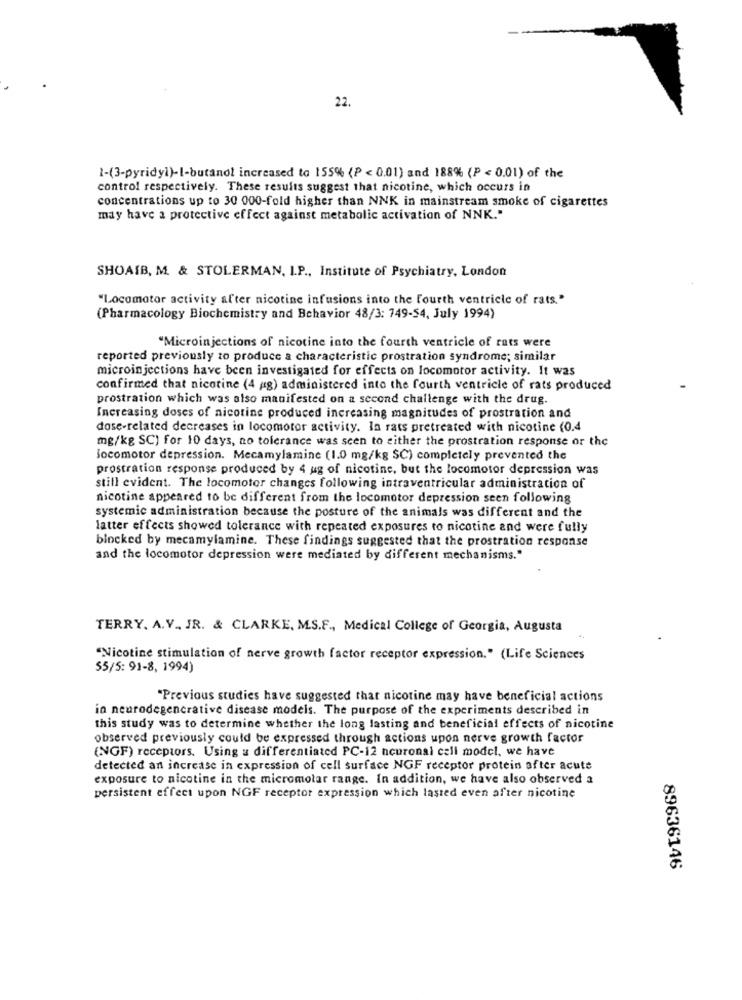
22.
1-(3-pyridy)-l-butanol increased to 155% (P < 0.01) and 188% (P < 0.01) of the
control respectively. These results suggest that nicotine, which occurs in
concentrations up to 30 000-fold higher than NNK in mainstream smoke of cigarettes
may have a protective effect against metabolic activation of NNK."
SHOAIB, M. & STOLERMAN, I.P ., Institute of Psychiatry, London
"Locomotor activity after nicotine infusions into the fourth ventricle of rats."
(Pharmacology Biochemistry and Behavior 48/3: 749-54, July 1994)
"Microinjections of nicotine into the fourth ventricle of rats were
reported previously to produce a characteristic prostration syndrome; similar
microinjections have been investigated for effects on locomotor activity. It was
confirmed that nicotine (4 (g) administered into the fourth ventricle of rats produced
prostration which was also manifested on a second challenge with the drug.
Increasing doses of nicotine produced increasing magnitudes of prostration and
dose-related decreases in locomotor activity. In rats pretreated with nicotine (0.4
mg/kg SC) for 10 days, no tolerance was seen to either the prostration response or the
locomotor depression. Mecamylamine (1.0 mg/kg SC) completely prevented the
prostration response produced by 4 ug of nicotine, but the locomotor depression was
still evident. The locomotor changes following intraventricular administration of
nicotine appeared to be different from the locomotor depression seen following
systemic administration because the posture of the animals was different and the
latter effects showed tolerance with repeated exposures to nicotine and were fully
blocked by mecamylamine. These findings suggested that the prostration response
and the locomotor depression were mediated by different mechanisms."
TERRY. A.V ., JR. & CLARKE, M.S.F ., Medical College of Georgia, Augusta
"Nicotine stimulation of nerve growth factor receptor expression." (Life Sciences
55/5: 91-8, 1994)
"Previous studies have suggested that nicotine may have beneficial actions
in neurodegenerative disease models. The purpose of the experiments described in
this study was to determine whether the long lasting and beneficial effects of nicotine
observed previously could be expressed through actions upon nerve growth factor
(NGF) receptors. Using a differentiated PC-12 neuronal call model, we have
detected an increase in expression of cell surface NGF receptor protein after acute
exposure to nicotine in the micromotar range. In addition, we have also observed a
persistent effect upon NGF receptor expression which lasted even after nicotine
89636146